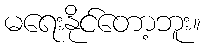
မရေးနိုင်တော့ဘူး။